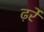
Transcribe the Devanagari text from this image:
ढ़र्रे